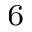
_ 6